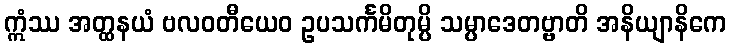
ဣံဿ အတ္ထနယံ ဗလဝတီယေဝ ဥပသင်္ကမိတုမ္ပိ သမ္ပာဒေတဗ္ဗာတိ အနိယျာနိကေ